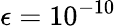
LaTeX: \epsilon=10^{-10}